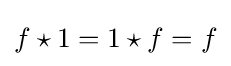
f\star 1=1\star f=f